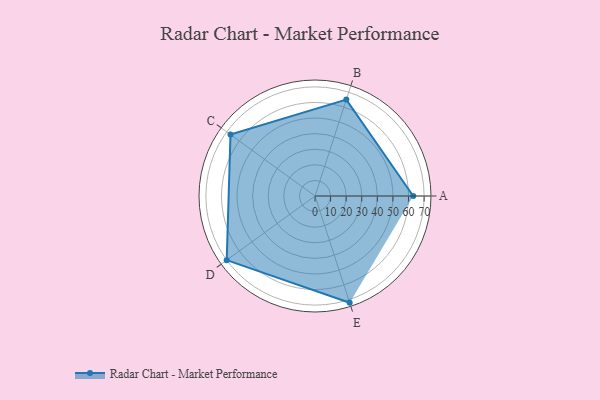
{"axis": {"x": "Skill", "y": "Score"}, "legend": ["Profile"], "data": [{"x": "A", "y": 63.0, "type": "Profile"}, {"x": "B", "y": 65.0, "type": "Profile"}, {"x": "C", "y": 67.0, "type": "Profile"}, {"x": "D", "y": 70.0, "type": "Profile"}, {"x": "E", "y": 72.0, "type": "Profile"}]}